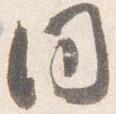
同